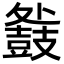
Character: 𮮧